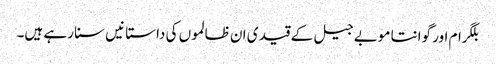
بلگرام اور گوانتا موبے جیل کے قید ی ان ظالموں کی داستا نیں سنا رہے ہیں۔